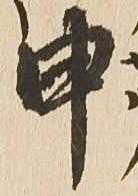
申